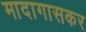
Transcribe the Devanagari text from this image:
मादागासकर